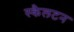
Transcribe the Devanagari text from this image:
स्कैलटन